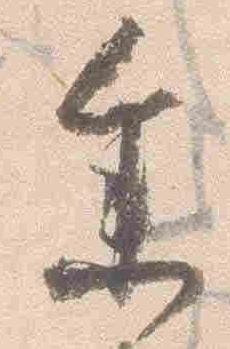
参